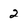
Character: 2